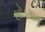
સોડગામ